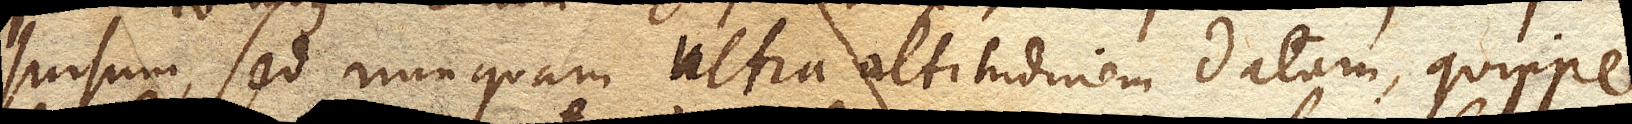
sursum, sed nunquam ultra altitudinem datam, quippe